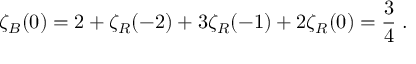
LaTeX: \zeta _ { \cal B } ( 0 ) = 2 + \zeta _ { R } ( - 2 ) + 3 \zeta _ { R } ( - 1 ) + 2 \zeta _ { R } ( 0 ) = { \frac { 3 } { 4 } } \; .